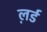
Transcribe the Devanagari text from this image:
ल़र्ड